system: You are a helpful assistant.
user:
Analyze the provided spectrum to determine if it is a **M-type Giant (gM)**.

A M-type Giant spectrum is defined by its **strong molecular absorption** features, particularly from **Titanium Oxide (TiO)**. You must check for one of the following mutually exclusive signatures:

- **Key Visual Indicators (Absorption-Dominated Spectrum):**

    - **(Primary):** The spectrum is dominated by strong molecular absorption from **Titanium Oxide (TiO)**. This is the **defining feature** of its M-type temperature class.
        - **(Key Bandheads):** Look for sharp, "saw-tooth" absorption valleys. The strongest are located near **~7050 Å**, **~6160 Å**, and **~5170 Å**.
        - **(Line Profile):** The "saw-tooth" morphology is critical: a **sharp, steep drop on the BLUE (short-wavelength) side** of the bandhead, followed by a gradual recovery (rising flux) towards the RED (long-wavelength) side.

    - **(Key Confirmation - Giant vs. Dwarf):** **ABSENCE** of strong **Calcium Hydride (CaH)** molecular bands. This is the primary diagnostic for *excluding* M-dwarfs.
        - **(Key Region):** The spectrum should lack the strong, broad absorption band seen in dwarfs between **~6800 Å and ~7000 Å**.

    - **(Secondary Confirmation - Giant):** A very strong and broad **Neutral Calcium (Ca I)** atomic absorption line.
        - **(Key Line):** Located at **~4226 Å**. In a giant (gM), this line is significantly deeper and broader than the same line in an M-dwarf (dM) due to low surface gravity.

    - **(Overall Spectrum):**
        - The continuum is **extremely red-sloping** (i.e., flux is very low in the blue and rises dramatically towards the red).
        - The entire spectrum appears "chopped up" by the deep TiO bands.

Think first, call **spectral_visualization_tool** if needed to examine features in detail, then provide your final answer. Your response must adhere to the following strict rules:
1.  **Overall Structure:** Your response must follow the format `<think>...</think> <tool_call>...</tool_call> (if a tool is used) <answer>...</answer>`.
2.  **Tool Usage Constraint:** You may only make **one** tool call per turn.
3.  **Final Answer Format:** In the `<answer>` tag, your conclusion must be inside a `\boxed{}` command (e.g., `\boxed{YES}` or `\boxed{NO}`), followed by your justification.

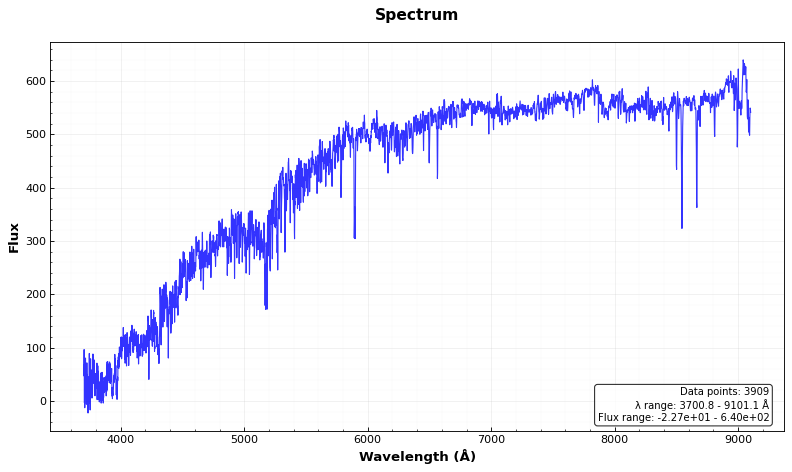
Answer: NO